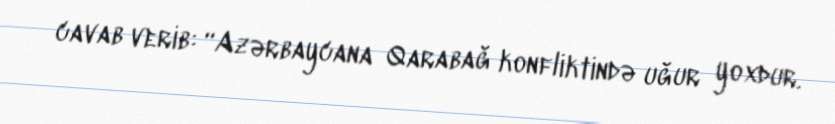
cavab verib: “Azərbaycana Qarabağ konfliktində uğur yoxdur.